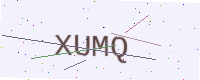
Text: XUMQ